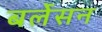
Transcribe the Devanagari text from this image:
बर्लेसन